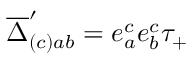
\overline { { \Delta } } _ { ( c ) { a b } } ^ { \prime } = e _ { a } ^ { c } e _ { b } ^ { c } \tau _ { + }